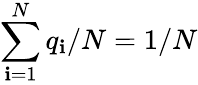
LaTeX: \sum_{\mathbf{i}=1}^{N}q_{\mathbf{i}}/N=1/N